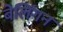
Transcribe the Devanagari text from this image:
बेलिंगन